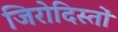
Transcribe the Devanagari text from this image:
जिरोदिस्तों